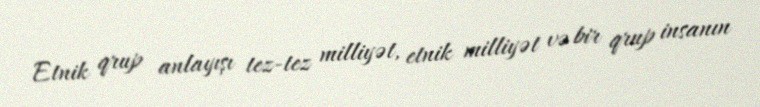
Etnik qrup anlayışı tez-tez milliyət, etnik milliyət və bir qrup insanın